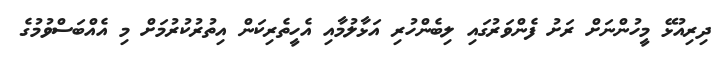
ދިރިއުޅޭ މީހުންނަށް ރަށު ފެންވަރުގައި ލިބެންހުރި އަޅާލުމާއި އެހީތެރިކަން އިތުރުކުރުމަށް މި އެއްބަސްވުމުގެ